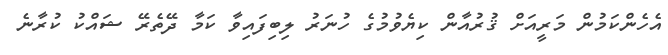
އެހެންކަމުން މަރީއަށް ޤުރުއާން ކިޔެވުމުގެ ހުނަރު ލިބިފައިވާ ކަމާ ދޭތެރޭ ޝައްކު ކުރާނެ